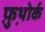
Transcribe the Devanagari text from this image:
फ़ुथ़ोर्क